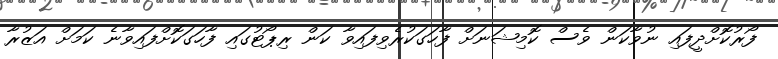
ފޯރުކޮށްދީފައި ނުވާކަން ވެސް ކޮމިޝަނަށް ފާހަގަކުރެވިފައިވާ ކަން ރިޕޯޓުގައި ފާހަގަކޮށްފައިވާނެ ކަމަށް އަޒުރާ